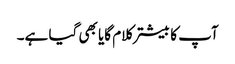
آپ کا بیشتر کلام گایا بھی گیا ہے۔